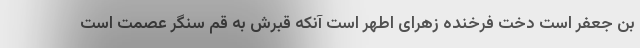
بن جعفر است دخت فرخنده زهراى اطهر است آنکه قبرش به قم سنگر عصمت است